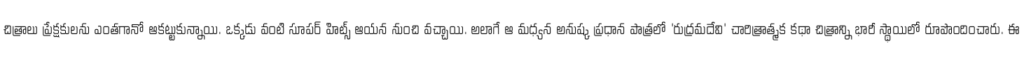
చిత్రాలు ప్రేక్షకులను ఎంతగానో ఆకట్టుకున్నాయి. ఒక్కడు వంటి సూపర్ హిట్స్ ఆయన నుంచి వచ్చాయి. అలాగే ఆ మధ్యన అనుష్క ప్రధాన పాత్రలో 'రుద్రమదేవి' చారిత్రాత్మక కథా చిత్రాన్ని భారీ స్థాయిలో రూపొందించారు. ఈ